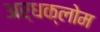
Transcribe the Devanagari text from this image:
अर्धक्लोम